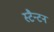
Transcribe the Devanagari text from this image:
स्टैन्टन